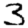
Digit: 3